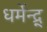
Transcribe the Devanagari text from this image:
धर्मेन्द्र्